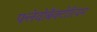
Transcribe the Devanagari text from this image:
फ्लेवोबैक्टीरियम